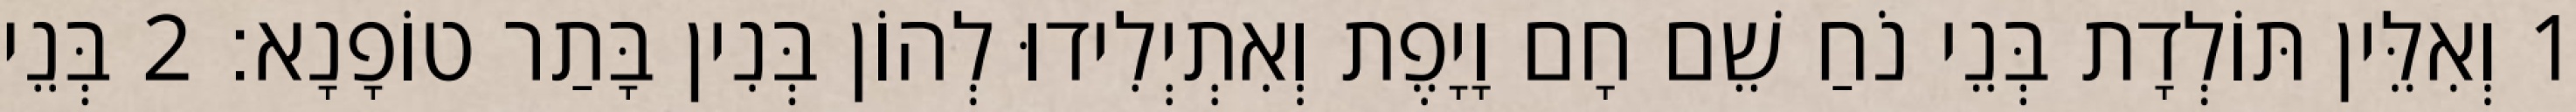
1 וְאִלֵּין תּוֹלְדָת בְּנֵי נֹחַ שֵׁם חָם וָיָפֶת וְאִתְיְלִידוּ לְהוֹן בְּנִין בָּתַר טוֹפָנָא׃ 2 בְּנֵי